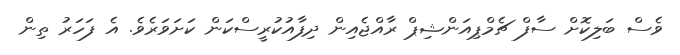
ވެސް ބަލިކޮށް ސާފް ޗެމްޕިއަންޝިޕް ރާއްޖެއިން ދިފާއުކުރީސްކަން ކަށަވަރެވެ. އެ ފަހަރު ތިން